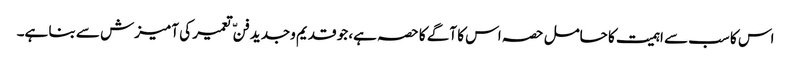
اس کا سب سے اہمیت کا حامل حصہ اس کا آگے کا حصہ ہے، جو قدیم وجدید فنّ تعمیر کی آمیزش سے بنا ہے۔